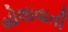
બોલાવાતી